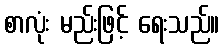
စာလုံး မည်းဖြင့် ရေးသည်။